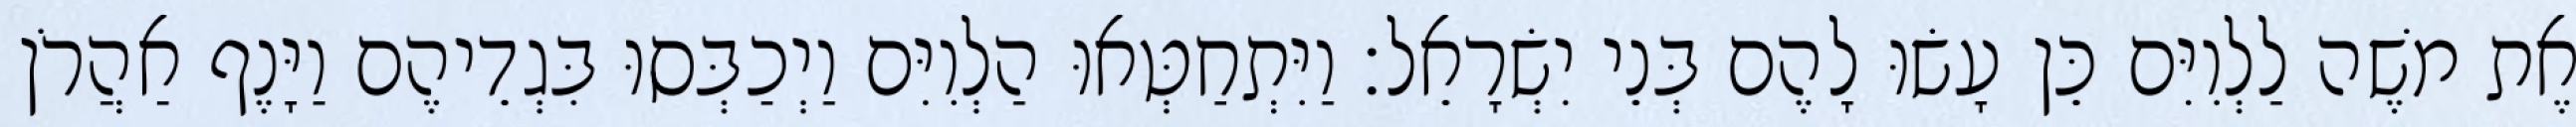
אֶת משֶׁה לַלְוִיִּם כֵּן עָשׂוּ לָהֶם בְּנֵי יִשְׂרָאֵל׃ וַיִּתְחַטְּאוּ הַלְוִיִּם וַיְכַבְּסוּ בִּגְדֵיהֶם וַיָּנֶף אַהֲרֹן